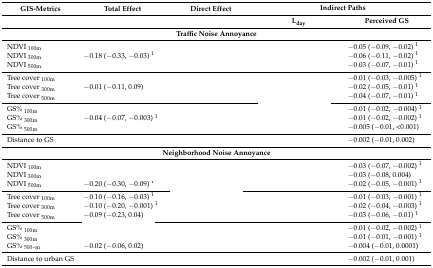
<table><thead><tr><td rowspan="2"><b>GIS-Metrics</b></td><td rowspan="2"><b>Total Effect</b></td><td rowspan="2"><b>Direct Effect</b></td><td colspan="2"><b>Indirect Paths </b></td></tr><tr><td><b>L<sub>day</sub></b></td><td><b>Perceived GS</b></td></tr><tr><td colspan="5"><b>Traffic Noise Annoyance</b></td></tr></thead><tbody><tr><td>NDVI <sub>100m</sub></td><td>[EMPTY_CELL]</td><td>[EMPTY_CELL]</td><td>[EMPTY_CELL]</td><td>−0.05 (−0.09, −0.02) <sup>1</sup></td></tr><tr><td>NDVI <sub>300m</sub></td><td>−0.18 (−0.33, −0.03) <sup>1</sup></td><td>[EMPTY_CELL]</td><td>[EMPTY_CELL]</td><td>−0.06 (−0.11, −0.02) <sup>1</sup></td></tr><tr><td>NDVI <sub>500m</sub></td><td>[EMPTY_CELL]</td><td>[EMPTY_CELL]</td><td>[EMPTY_CELL]</td><td>−0.03 (−0.07, −0.01) <sup>1</sup></td></tr><tr><td>Tree cover <sub>100m</sub></td><td>[EMPTY_CELL]</td><td>[EMPTY_CELL]</td><td>[EMPTY_CELL]</td><td>−0.01 (−0.03, −0.005) <sup>1</sup></td></tr><tr><td>Tree cover <sub>300m</sub></td><td>−0.01 (−0.11, 0.09)</td><td>[EMPTY_CELL]</td><td>[EMPTY_CELL]</td><td>−0.02 (−0.05, −0.01) <sup>1</sup></td></tr><tr><td>Tree cover <sub>500m</sub></td><td>[EMPTY_CELL]</td><td>[EMPTY_CELL]</td><td>[EMPTY_CELL]</td><td>−0.04 (−0.07, −0.01) <sup>1</sup></td></tr><tr><td>GS% <sub>100m</sub></td><td>[EMPTY_CELL]</td><td>[EMPTY_CELL]</td><td>[EMPTY_CELL]</td><td>−0.01 (−0.02, −0.004) <sup>1</sup></td></tr><tr><td>GS% <sub>300m</sub></td><td>−0.04 (−0.07, −0.003) <sup>1</sup></td><td>[EMPTY_CELL]</td><td>[EMPTY_CELL]</td><td>−0.01 (−0.02, −0.002) <sup>1</sup></td></tr><tr><td>GS% <sub>500m</sub></td><td>[EMPTY_CELL]</td><td>[EMPTY_CELL]</td><td>[EMPTY_CELL]</td><td>−0.005 (−0.01, &lt;0.001)</td></tr><tr><td>Distance to GS</td><td>[EMPTY_CELL]</td><td>[EMPTY_CELL]</td><td>[EMPTY_CELL]</td><td>−0.002 (−0.01, 0.002)</td></tr><tr><td colspan="5"><b>Neighborhood Noise Annoyance</b></td></tr><tr><td>NDVI <sub>100m</sub></td><td>[EMPTY_CELL]</td><td>[EMPTY_CELL]</td><td>[EMPTY_CELL]</td><td>−0.03 (−0.07, −0.002) <sup>1</sup></td></tr><tr><td>NDVI <sub>300m</sub></td><td>[EMPTY_CELL]</td><td>[EMPTY_CELL]</td><td>[EMPTY_CELL]</td><td>−0.03 (−0.08, 0.004)</td></tr><tr><td>NDVI <sub>500m</sub></td><td>−0.20 (−0.30, −0.09) <sup>1</sup></td><td>[EMPTY_CELL]</td><td>[EMPTY_CELL]</td><td>−0.02 (−0.05, −0.001) <sup>1</sup></td></tr><tr><td>Tree cover <sub>100m</sub></td><td>−0.10 (−0.16, −0.03) <sup>1</sup></td><td>[EMPTY_CELL]</td><td>[EMPTY_CELL]</td><td>−0.01 (−0.03, −0.001) <sup>1</sup></td></tr><tr><td>Tree cover <sub>300m</sub></td><td>−0.10 (−0.20, −0.001) <sup>1</sup></td><td>[EMPTY_CELL]</td><td>[EMPTY_CELL]</td><td>−0.02 (−0.04, −0.003) <sup>1</sup></td></tr><tr><td>Tree cover <sub>500m</sub></td><td>−0.09 (−0.23, 0.04)</td><td>[EMPTY_CELL]</td><td>[EMPTY_CELL]</td><td>−0.03 (−0.06, −0.01) <sup>1</sup></td></tr><tr><td>GS% <sub>100m</sub></td><td>[EMPTY_CELL]</td><td>[EMPTY_CELL]</td><td>[EMPTY_CELL]</td><td>−0.01 (−0.02, −0.002) <sup>1</sup></td></tr><tr><td>GS% <sub>300m</sub></td><td>[EMPTY_CELL]</td><td>[EMPTY_CELL]</td><td>[EMPTY_CELL]</td><td>−0.01 (−0.01, −0.001) <sup>1</sup></td></tr><tr><td>GS% <sub>500–m</sub></td><td>−0.02 (−0.06, 0.02)</td><td>[EMPTY_CELL]</td><td>[EMPTY_CELL]</td><td>−0.004 (−0.01, 0.0001)</td></tr><tr><td>Distance to urban GS</td><td>[EMPTY_CELL]</td><td>[EMPTY_CELL]</td><td>[EMPTY_CELL]</td><td>−0.002 (−0.01, 0.001)</td></tr></tbody></table>